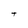
Character: t